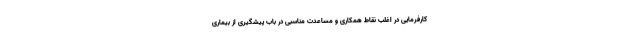
کارفرمایی در اغلب نقاط همکاری و مساعدت مناسبی در باب پیشگیری از بیماری